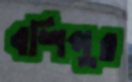
বশিপুর